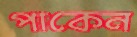
পাকেন